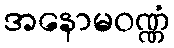
အနောမဝဏ္ဏံ